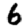
Digit: 6